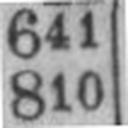
810